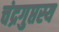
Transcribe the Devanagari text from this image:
चंद्रगुप्तस्य